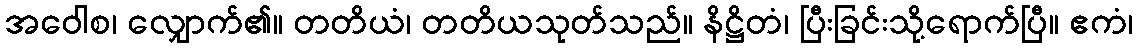
အဝေါစ၊ လျှောက်၏။ တတိယံ၊ တတိယသုတ်သည်။ နိဋ္ဌိတံ၊ ပြီးခြင်းသို့ရောက်ပြီ။ ဧကံ၊